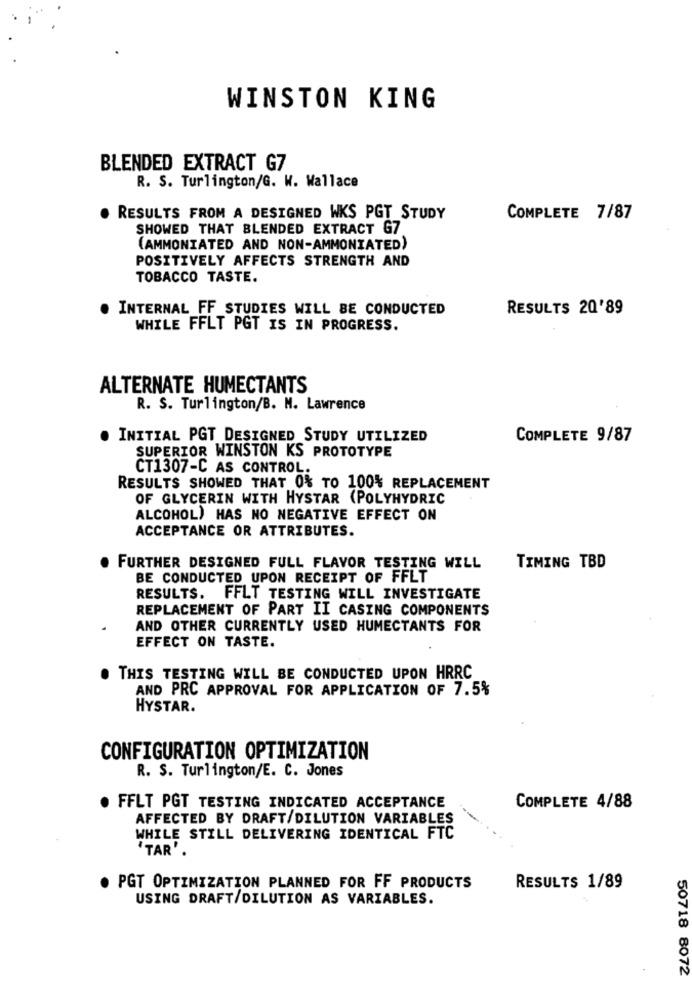
WINSTON KING
BLENDED EXTRACT G7
R. S. Turlington/G. W. Wallace
RESULTS FROM A DESIGNED WKS PGT_STUDY
COMPLETE 7/87
SHOWED THAT BLENDED EXTRACT G7
(AMMONIATED AND NON-AMMONIATED)
POSITIVELY AFFECTS STRENGTH AND
TOBACCO TASTE.
INTERNAL FF_STUDIES WILL BE CONDUCTED
RESULTS 20'89
WHILE FFLT PGT IS IN PROGRESS.
ALTERNATE HUMECTANTS
R. S. Turlington/B. M. Lawrence
INITIAL PGT DESIGNED STUDY UTILIZED
COMPLETE 9/87
SUPERIOR WINSTON KS PROTOTYPE
CT1307-C AS CONTROL.
RESULTS SHOWED THAT 0% TO 100% REPLACEMENT
OF GLYCERIN WITH HYSTAR (POLYHYDRIC
ALCOHOL) HAS NO NEGATIVE EFFECT ON
ACCEPTANCE OR ATTRIBUTES.
FURTHER DESIGNED FULL FLAVOR TESTING WILL
TIMING TBD
BE CONDUCTED UPON RECEIPT OF FFLT
RESULTS.
FFLT TESTING WILL INVESTIGATE
REPLACEMENT OF PART II CASING COMPONENTS
AND OTHER CURRENTLY USED HUMECTANTS FOR
EFFECT ON TASTE.
THIS TESTING WILL BE CONDUCTED UPON HRRC
AND PRC APPROVAL FOR APPLICATION OF 7.5%
HYSTAR.
CONFIGURATION OPTIMIZATION
R. S. Turlington/E. C. Jones
. FFLT PGT TESTING INDICATED ACCEPTANCE
COMPLETE 4/88
AFFECTED BY DRAFT/DILUTION VARIABLES
WHILE STILL DELIVERING IDENTICAL FTC
'TAR'.
PGT OPTIMIZATION PLANNED FOR FF PRODUCTS
RESULTS 1/89
USING DRAFT/DILUTION AS VARIABLES.
50718 8072